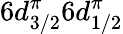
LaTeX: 6d_{3/2}^{\pi}6d_{1/2}^{\pi}